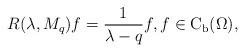
LaTeX: \begin{align*}R(\lambda,M_{q})f=\frac{1}{\lambda-q}f,f\in \mathrm{C}_{\operatorname{b}}(\Omega),\end{align*}